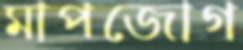
মাপজোগ